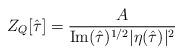
LaTeX: \begin{align*}Z_Q[\hat \tau] = \frac{A}{\mbox{Im}(\hat \tau)^{1/2}|\eta(\hat\tau)|^2} \end{align*}